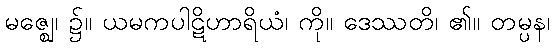
မဇ္ဈေ၊ ၌။ ယမကပါဋိဟာရိယံ၊ ကို။ ဒေဿတိ၊ ၏။ တမ္ပန၊